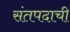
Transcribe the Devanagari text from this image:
संतपदाची